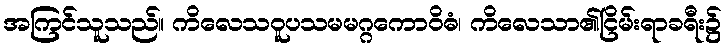
အကြင်သူသည်။ ကိလေသဝူပသမမဂ္ဂကောဝိဓံ၊ ကိလေသာ၏ငြိမ်းရာခရီး၌